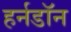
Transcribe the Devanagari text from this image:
हर्नडॉन